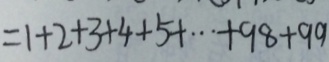
= 1 + 2 + 3 + 4 + 5 + \cdots + 9 8 + 9 9